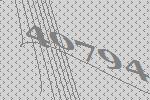
40794